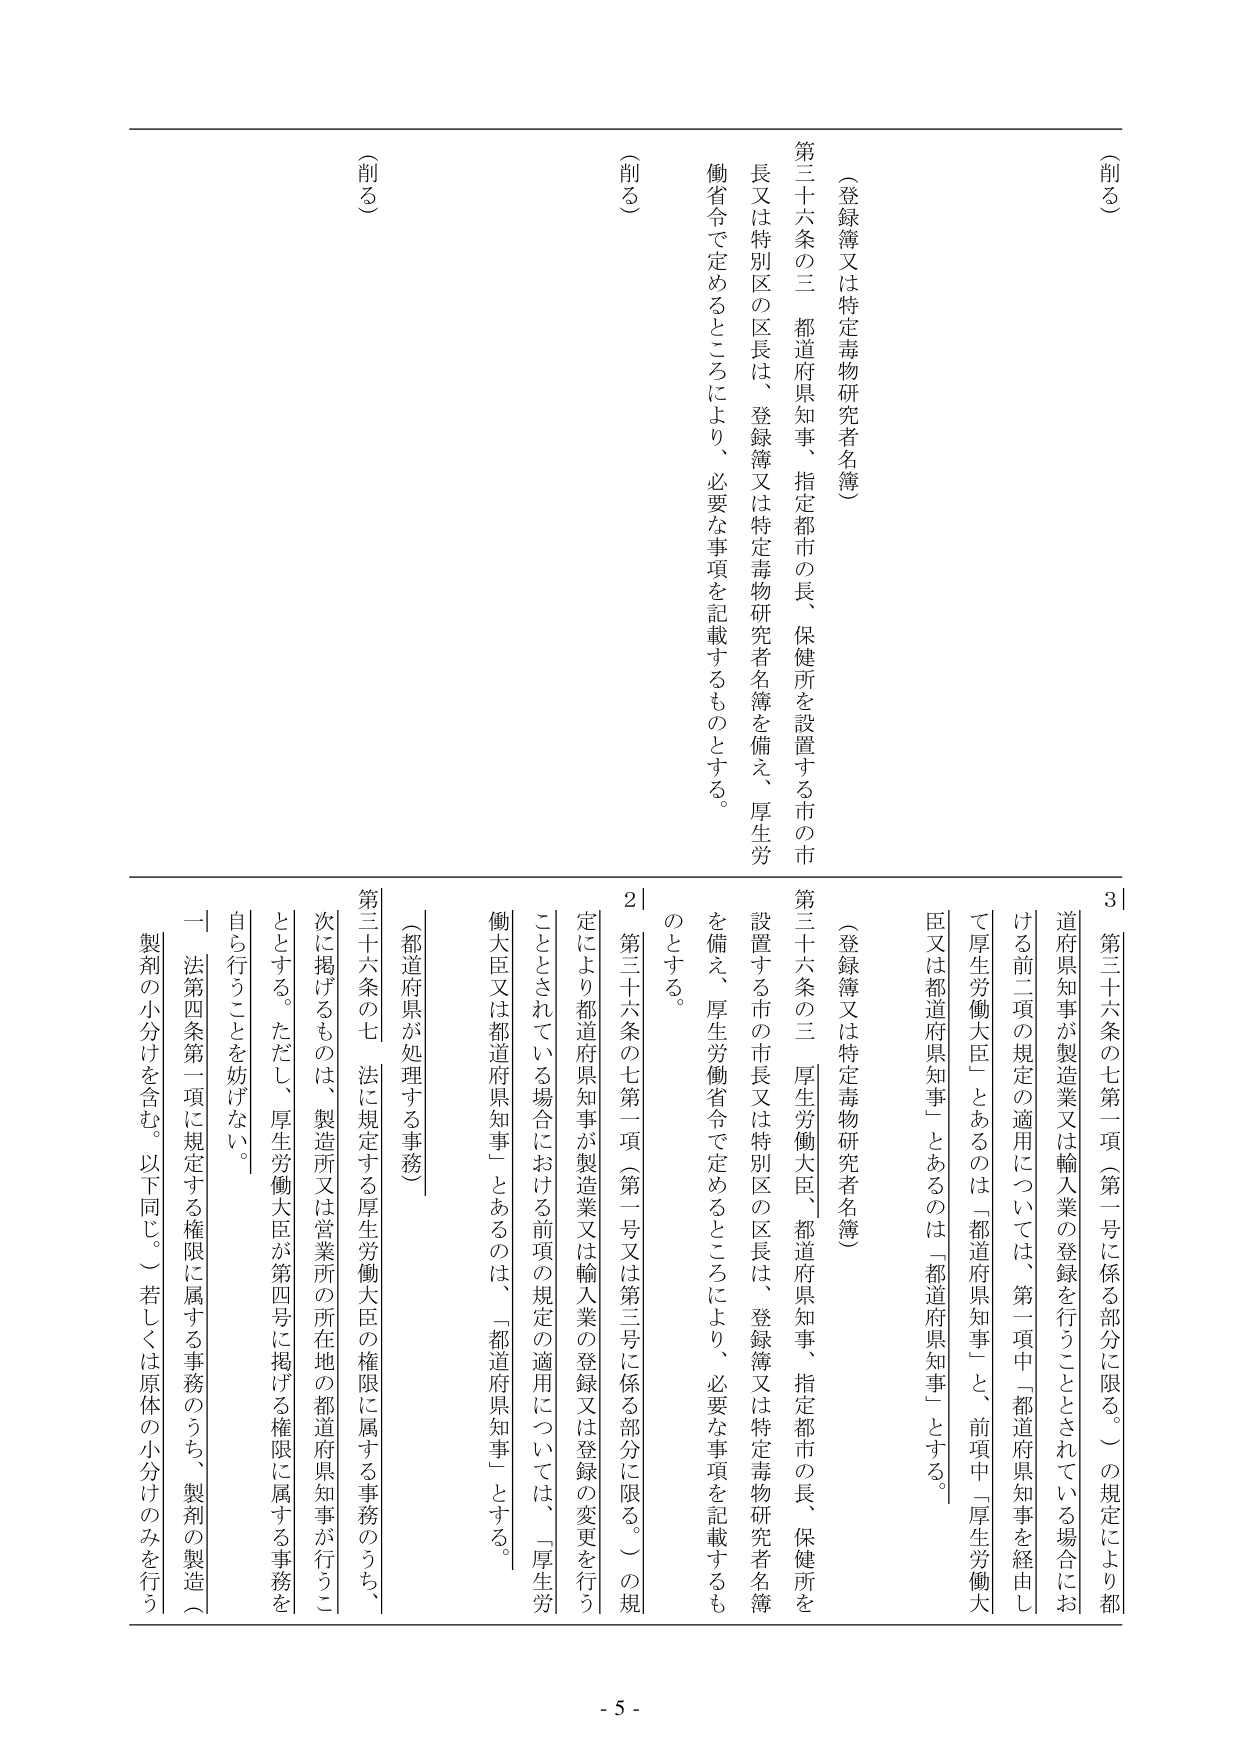
（削る）

第三十六条の三 都道府県知事、指定都市の長、保健所を設置する市の市長又は特別区の区長は、登録簿又は特定毒物研究者名簿を備え、厚生労働省令で定めるところにより、必要な事項を記載するものとする。

（登録簿又は特定毒物研究者名簿）

3｜第三十六条の七第一項（第一号に係る部分に限る。）の規定により都道府県知事が製造業又は輸入業の登録を行うこととされている場合における前二項の規定の適用については、第一項中「都道府県知事を経由して厚生労働大臣」とあるのは「都道府県知事」と、前項中「厚生労働大臣又は都道府県知事」とあるのは「都道府県知事」とする。

2｜第三十六条の七第一項（第一号又は第三号に係る部分に限る。）の規定により都道府県知事が製造業又は輸入業の登録又は登録の変更を行うこととされている場合における前項の規定の適用については、「厚生労働大臣又は都道府県知事」とあるのは、「都道府県知事」とする。

（都道府県が処理する事務）

第三十六条の七 法に規定する厚生労働大臣の権限に属する事務のうち、次に掲げるものは、製造所又は営業所の所在地の都道府県知事が行うこととする。ただし、厚生労働大臣が第四号に掲げる権限に属する事務を自ら行うことを妨げない。

一 法第四条第一項に規定する権限に属する事務のうち、製剤の製造（製剤の小分けを含む。以下同じ。）若しくは原体の小分けのみを行う

（削る）

（削る）

- 5 -